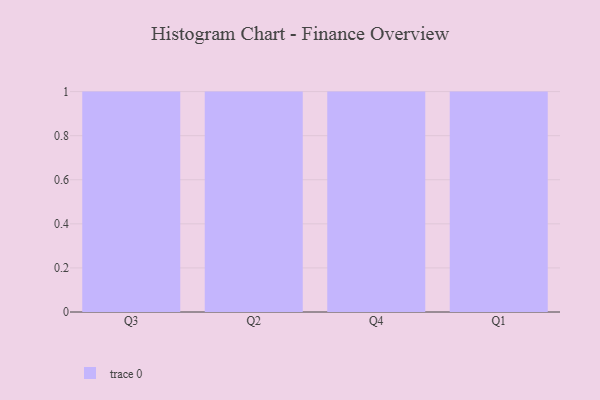
{"axis": {"x": "Quarter", "y": "Waste Production (Tons)"}, "legend": [""], "data": [{"x": "Q3", "y": 84, "type": ""}, {"x": "Q2", "y": 67, "type": ""}, {"x": "Q4", "y": 22, "type": ""}, {"x": "Q1", "y": 84, "type": ""}]}